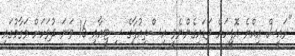
"ރައީސް އިއްޔެ އޮފީހަށް ވަޑައިގެންނެވީ އިސްތިއުފާގެ ސިޓީއާއި 16 ވަނަ ދުވަހަށް މަގާމުގައި